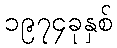
၁၉၇၄ခုနှစ်